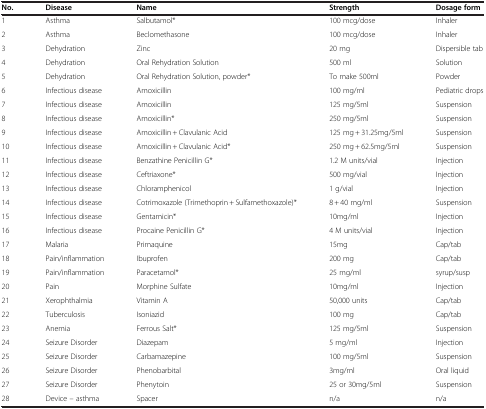
| No. | Disease | Name | Strength | Dosage form |
 | --- | --- | --- | --- | --- |
 | 1 | Asthma | Salbutamol* | 100 mcg/dose | Inhaler |
 | 2 | Asthma | Beclomethasone | 100 mcg/dose | Inhaler |
 | 3 | Dehydration | Zinc | 20 mg | Dispersible tab |
 | 4 | Dehydration | Oral Rehydration Solution | 500 ml | Solution |
 | 5 | Dehydration | Oral Rehydration Solution, powder* | To make 500ml | Powder |
 | 6 | Infectious disease | Amoxicillin | 100 mg/ml | Pediatric drops |
 | 7 | Infectious disease | Amoxicillin | 125 mg/5ml | Suspension |
 | 8 | Infectious disease | Amoxicillin* | 250 mg/5ml | Suspension |
 | 9 | Infectious disease | Amoxicillin + Clavulanic Acid | 125 mg + 31.25mg/5ml | Suspension |
 | 10 | Infectious disease | Amoxicillin + Clavulanic Acid* | 250 mg + 62.5mg/5ml | Suspension |
 | 11 | Infectious disease | Benzathine Penicillin G* | 1.2 M units/vial | Injection |
 | 12 | Infectious disease | Ceftriaxone* | 500 mg/vial | Injection |
 | 13 | Infectious disease | Chloramphenicol | 1 g/vial | Injection |
 | 14 | Infectious disease | Cotrimoxazole (Trimethoprin + Sulfamethoxazole)* | 8 + 40 mg/ml | Suspension |
 | 15 | Infectious disease | Gentamicin* | 10mg/ml | Injection |
 | 16 | Infectious disease | Procaine Penicillin G* | 4 M units/vial | Injection |
 | 17 | Malaria | Primaquine | 15mg | Cap/tab |
 | 18 | Pain/inflammation | Ibuprofen | 200 mg | Cap/tab |
 | 19 | Pain/inflammation | Paracetamol* | 25 mg/ml | syrup/susp |
 | 20 | Pain | Morphine Sulfate | 10mg/ml | Injection |
 | 21 | Xerophthalmia | Vitamin A | 50,000 units | Cap/tab |
 | 22 | Tuberculosis | Isoniazid | 100 mg | Cap/tab |
 | 23 | Anemia | Ferrous Salt* | 125 mg/5ml | Suspension |
 | 24 | Seizure Disorder | Diazepam | 5 mg/ml | Injection |
 | 25 | Seizure Disorder | Carbamazepine | 100 mg/5ml | Suspension |
 | 26 | Seizure Disorder | Phenobarbital | 3mg/ml | Oral liquid |
 | 27 | Seizure Disorder | Phenytoin | 25 or 30mg/5ml | Suspension |
 | 28 | Device – asthma | Spacer | n/a | n/a |